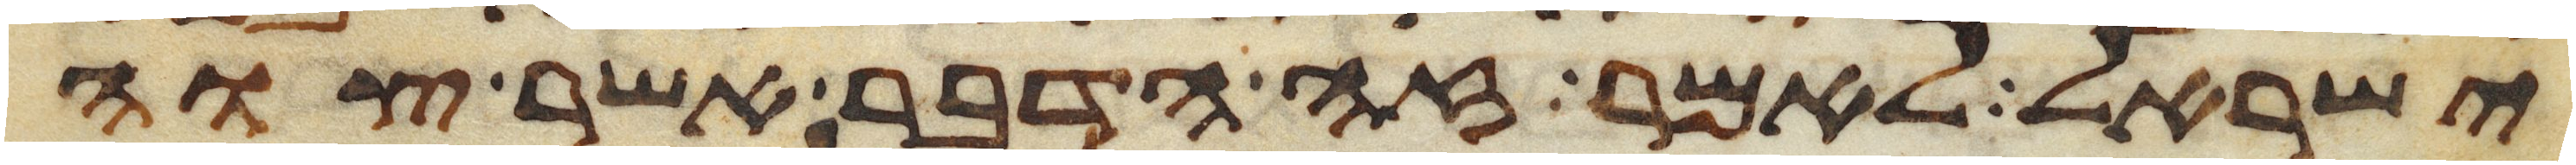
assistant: ישראל לאמר זה הדבר אשר צוה